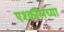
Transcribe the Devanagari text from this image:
एश्कॉलच्या